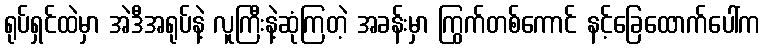
ရုပ်ရှင်ထဲမှာ အဲဒီအရုပ်နဲ့ လူကြီးနဲ့ဆုံကြတဲ့ အခန်းမှာ ကြွက်တစ်ကောင် နင့်ခြေထောက်ပေါ်က